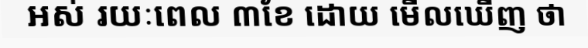
អស់ រយៈពេល ៣ខែ ដោយ មើលឃើញ ថា